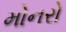
મોનરો